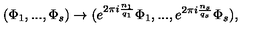
( \Phi _ { 1 } , . . . , \Phi _ { s } ) \rightarrow ( e ^ { 2 \pi i { \frac { n _ { 1 } } { q _ { 1 } } } } \Phi _ { 1 } , . . . , e ^ { 2 \pi i { \frac { n _ { s } } { q _ { s } } } } \Phi _ { s } ) ,